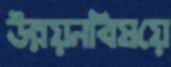
উন্নয়নবিষয়ে